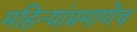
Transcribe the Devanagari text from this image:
महिन्यांप्रमाणेच